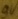
Text: 9V